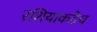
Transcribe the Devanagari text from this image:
रशियाकडेच